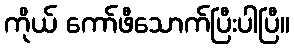
ကိုယ် ကော်ဖီသောက်ပြီးပါပြီ။